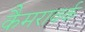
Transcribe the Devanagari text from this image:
कैमरावर्क